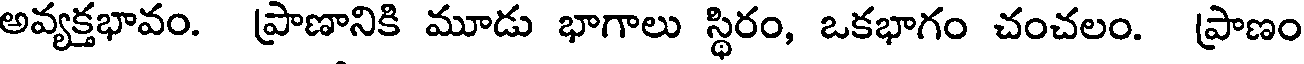
అవ్యక్తభావం. ప్రాణానికి మూడు భాగాలు స్థిరం, ఒకభాగం చంచలం. ప్రాణం